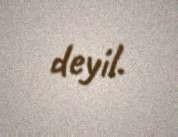
deyil.